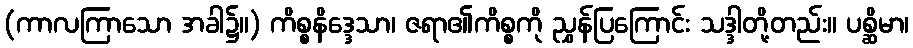
(ကာလကြာသော အခါ၌။) ကိစ္စနိဒ္ဒေသာ၊ ဇရာ၏ကိစ္စကို ညွှန်ပြကြောင်း သဒ္ဒါတို့တည်း။ ပစ္ဆိမာ၊